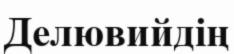
Делювийдің